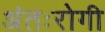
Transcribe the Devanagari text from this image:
अंतःरोगी